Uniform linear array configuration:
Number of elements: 8
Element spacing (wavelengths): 0.75
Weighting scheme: cosine
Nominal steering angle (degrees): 0
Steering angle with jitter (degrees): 0.7598
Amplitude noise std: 0.05
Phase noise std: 0.05

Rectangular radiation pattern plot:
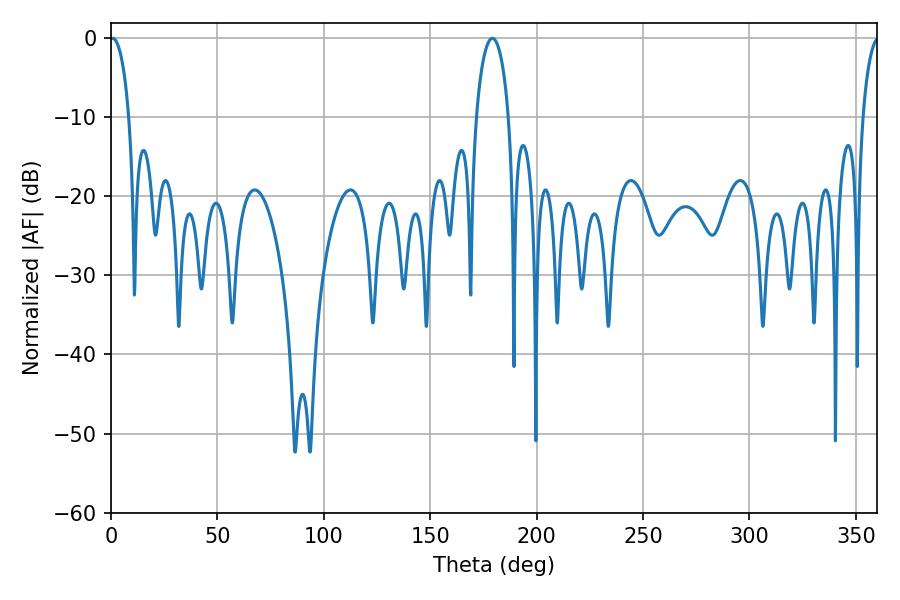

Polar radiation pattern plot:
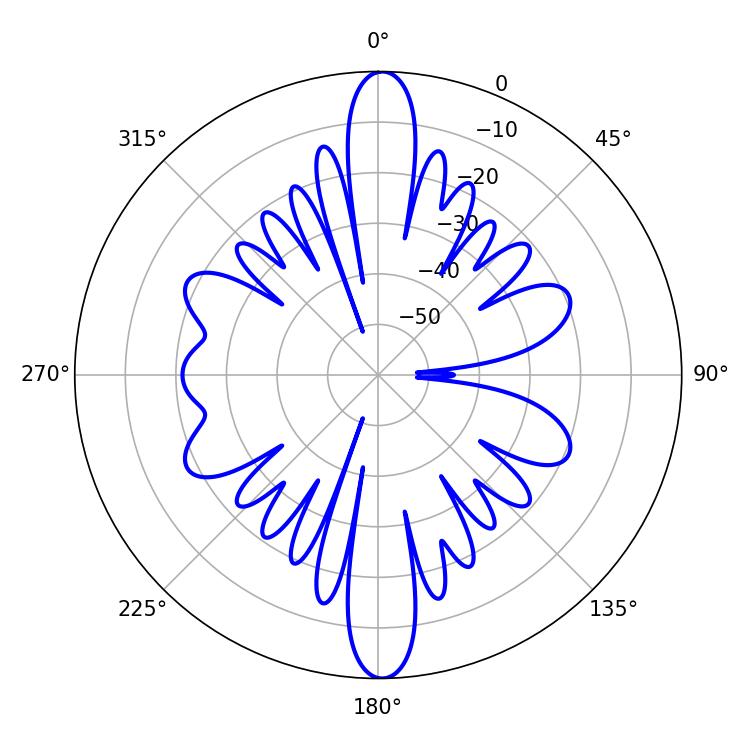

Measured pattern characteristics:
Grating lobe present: TRUE
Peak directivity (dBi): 31.191
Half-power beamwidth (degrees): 5.22
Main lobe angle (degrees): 0.72